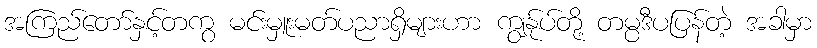
အကြည်တော်နှင့်တကွ မင်းမှူးမတ်ပညာရှိများဟာ ကျွန်ုပ်တို့ တမ္ပဒီပပြန်တဲ့ အခါမှာ